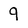
Character: 9